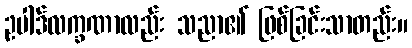
ဥပါဒ်လက္ခဏာလည်း သညာ၏ ဖြစ်ခြင်းသာတည်း။